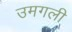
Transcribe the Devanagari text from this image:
उमगली